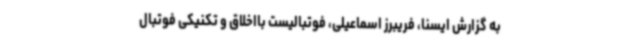
به گزارش ایسنا، فریبرز اسماعیلی، فوتبالیست بااخلاق و تکنیکی فوتبال